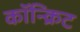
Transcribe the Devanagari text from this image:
कॉन्‍क्रिट